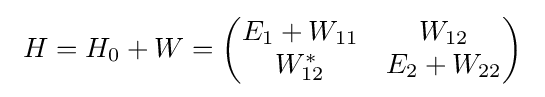
\ H=H_{0}+W={\begin{pmatrix}E_{1}+W_{11}&W_{12}\\W_{12}^{*}&E_{2}+W_{22}\\\end{pmatrix}}\